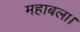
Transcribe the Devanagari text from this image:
महाबला।